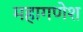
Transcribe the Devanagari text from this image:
महागणेश